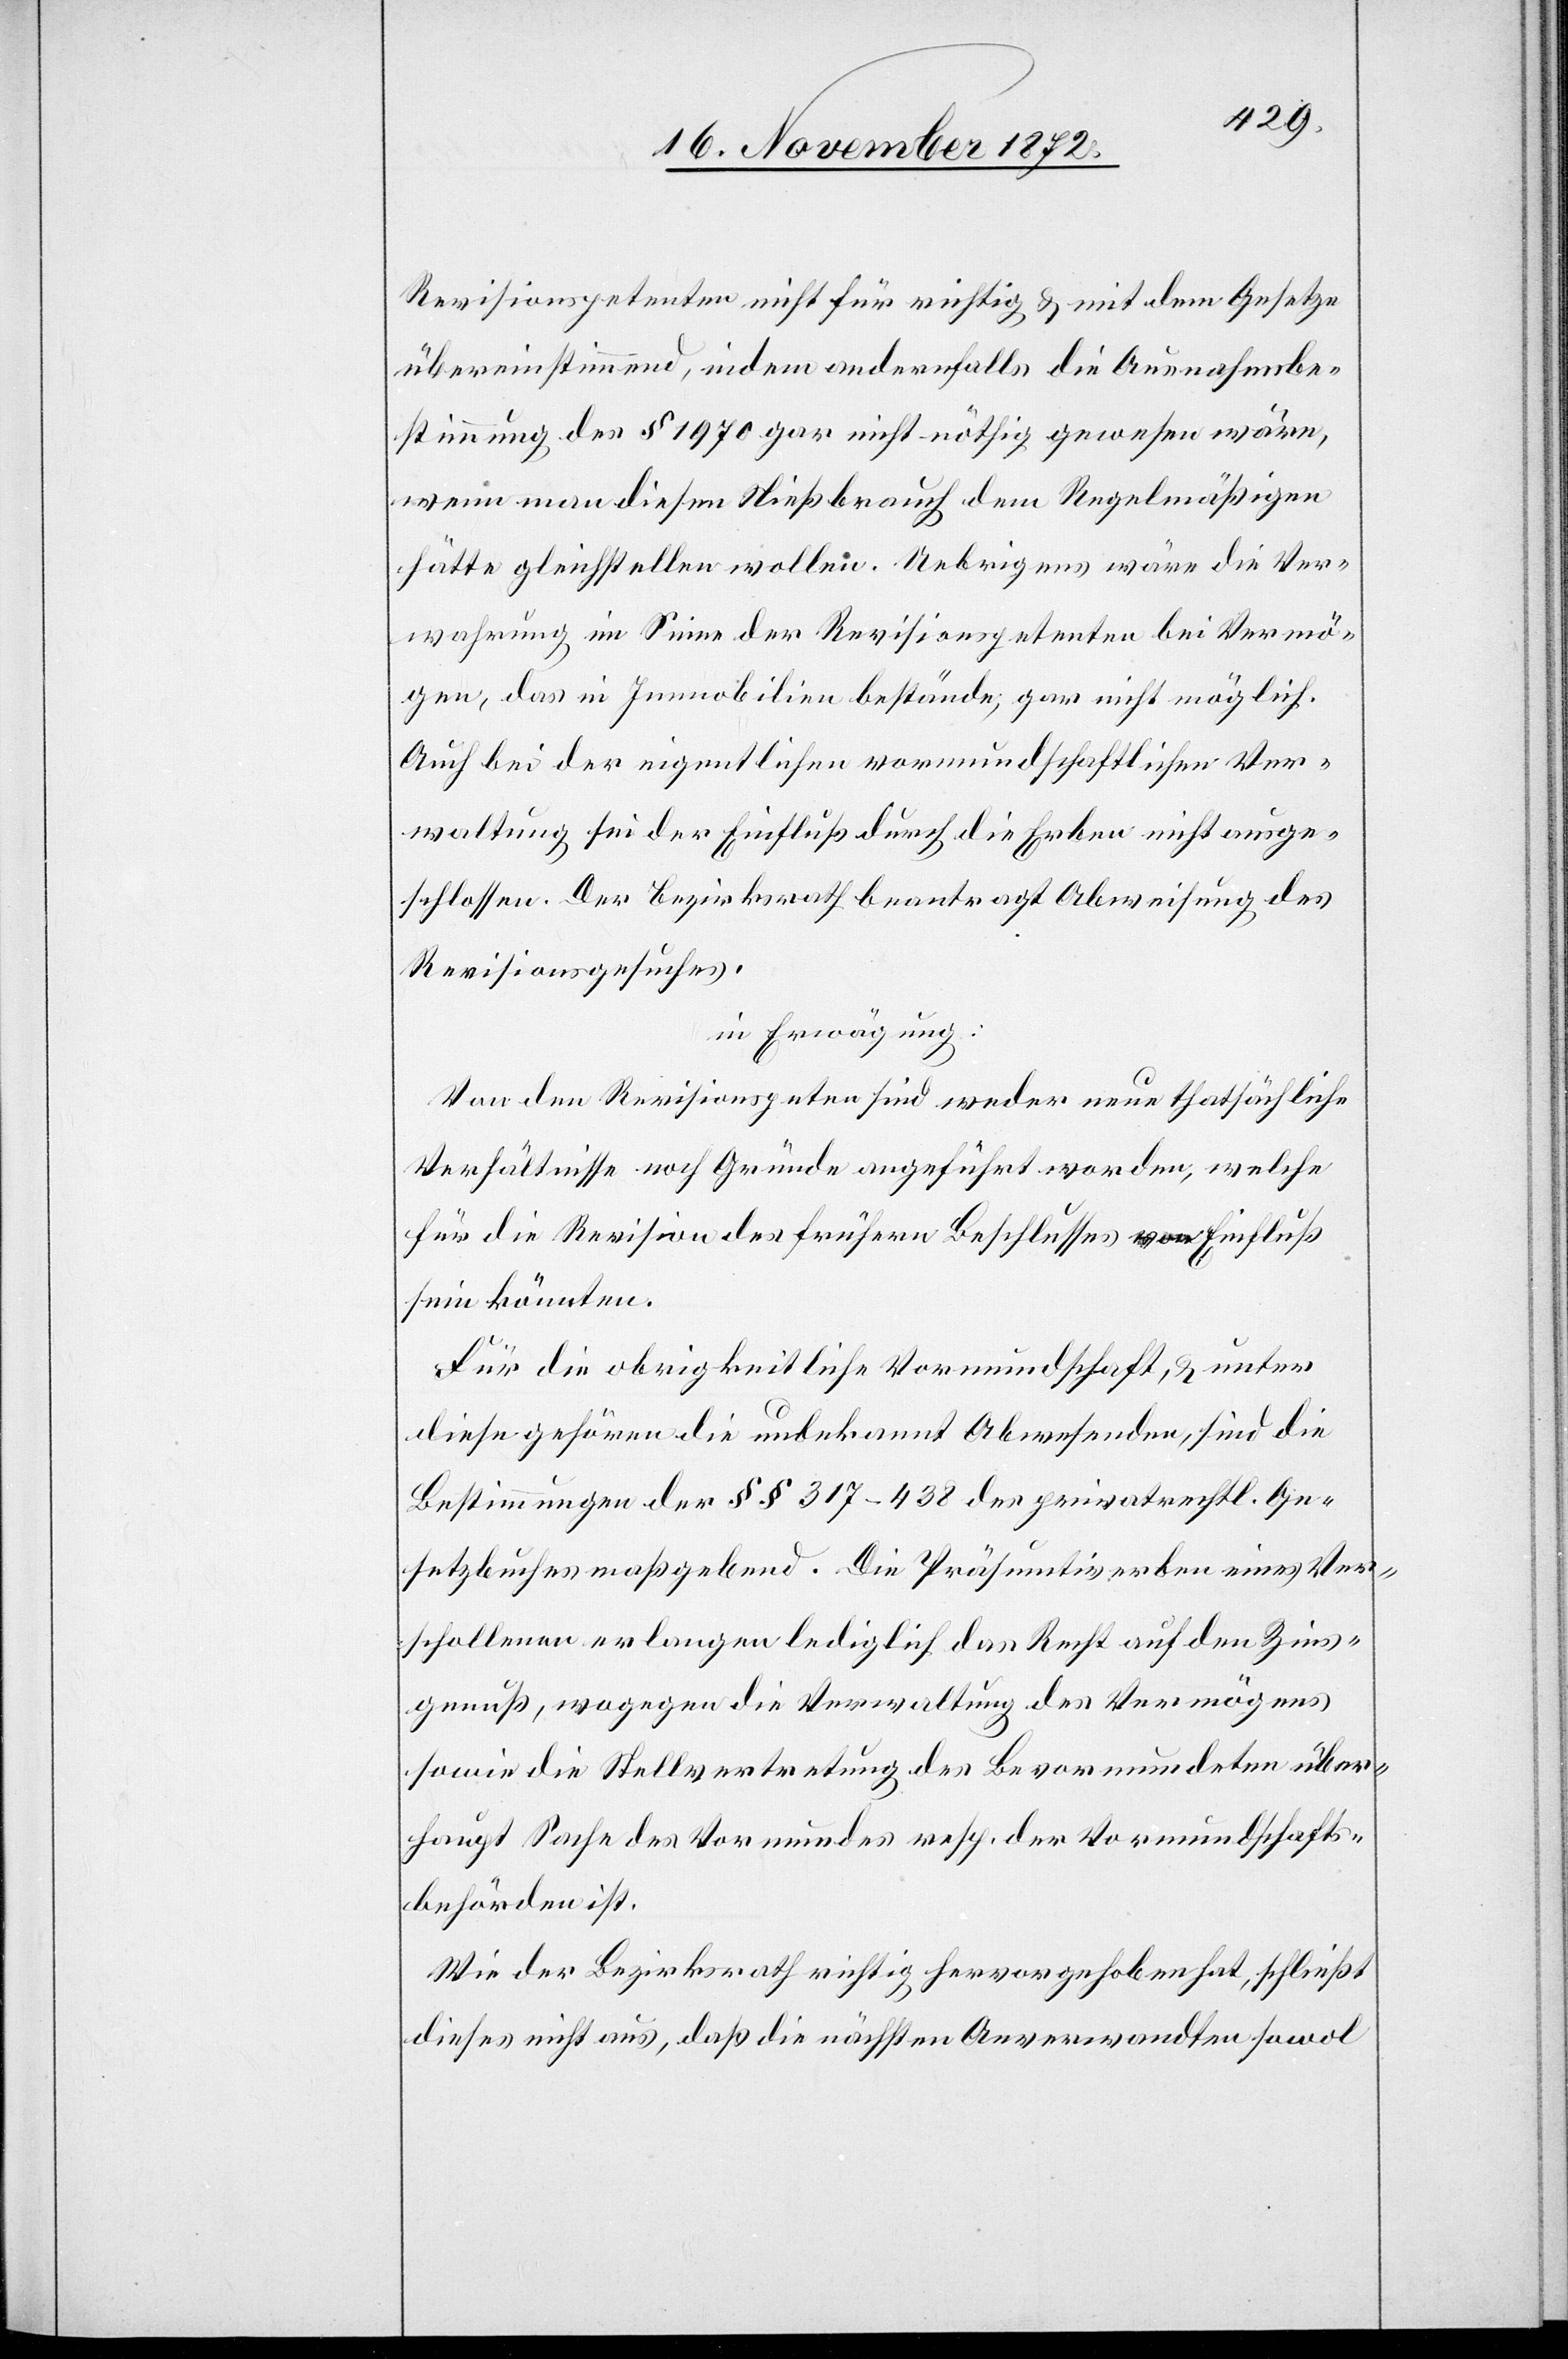
Revisionspetenten nicht für richtig u. mit dem Gesetze
übereinstimmend, indem andernfalls die Ausnahmsbe¬
stimmung des § 1970 gar nicht nöthig gewesen wäre,
wenn man diesen Nießbrauch dem Regelmäßigen
hätte gleichstellen wollen. Uebrigens wäre die Ver¬
wahrung im Sinne der Revisionspetenten bei Vermö¬
gen, das in Immobilien bestände, gar nicht möglich.
Auch bei der eigentlichen vormundschaftlichen Ver¬
waltung sei der Einfluß durch die Erben nicht ausge¬
schlossen. Der Bezirksrath beantragt Abweisung des
Revisionsgesuches.
in Erwägung:
Von den Revisionspeten[ten] sind weder neue thatsächliche
Verhältnisse noch Gründe angeführt worden, welche
für die Revision des frühern Beschlusses von Einfluß
sein könnten.
Für die obrigkeitliche Vormundschaft, u. unter
diese gehören die unbekannt Abwesenden, sind die
Bestimmungen der §§ 317–438 des privatrechtl. Ge¬
setzbuches maßgebend. Die Präsumtiverben eines Ver¬
schollenen erlangen lediglich das Recht auf den Zins¬
genuß, wogegen die Verwaltung des Vermögens
sowie die Stellvertretung des Bevormundeten über¬
haupt Sache des Vormundes resp. der Vormundschafts¬
behörde ist.
Wie der Bezirksrath richtig hervorgehoben hat, schließt
dieses nicht aus, daß die nächsten Anverwandten sowol